Cholera in India, 1862 to 1881
Year: 1862
Disease focus: Cholera
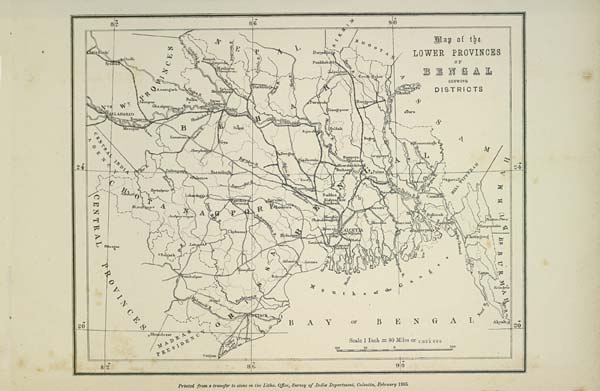
Printed from a transfer to stone in the Litho. Office, Survey of India Department, Calcutta, February 1885.